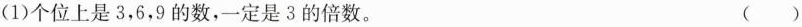
(1)个位数是3,6,9的数，一定是3的倍数。（ ）